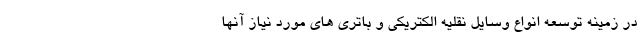
در زمینه توسعه انواع وسایل نقلیه الکتریکی و باتری های مورد نیاز آنها